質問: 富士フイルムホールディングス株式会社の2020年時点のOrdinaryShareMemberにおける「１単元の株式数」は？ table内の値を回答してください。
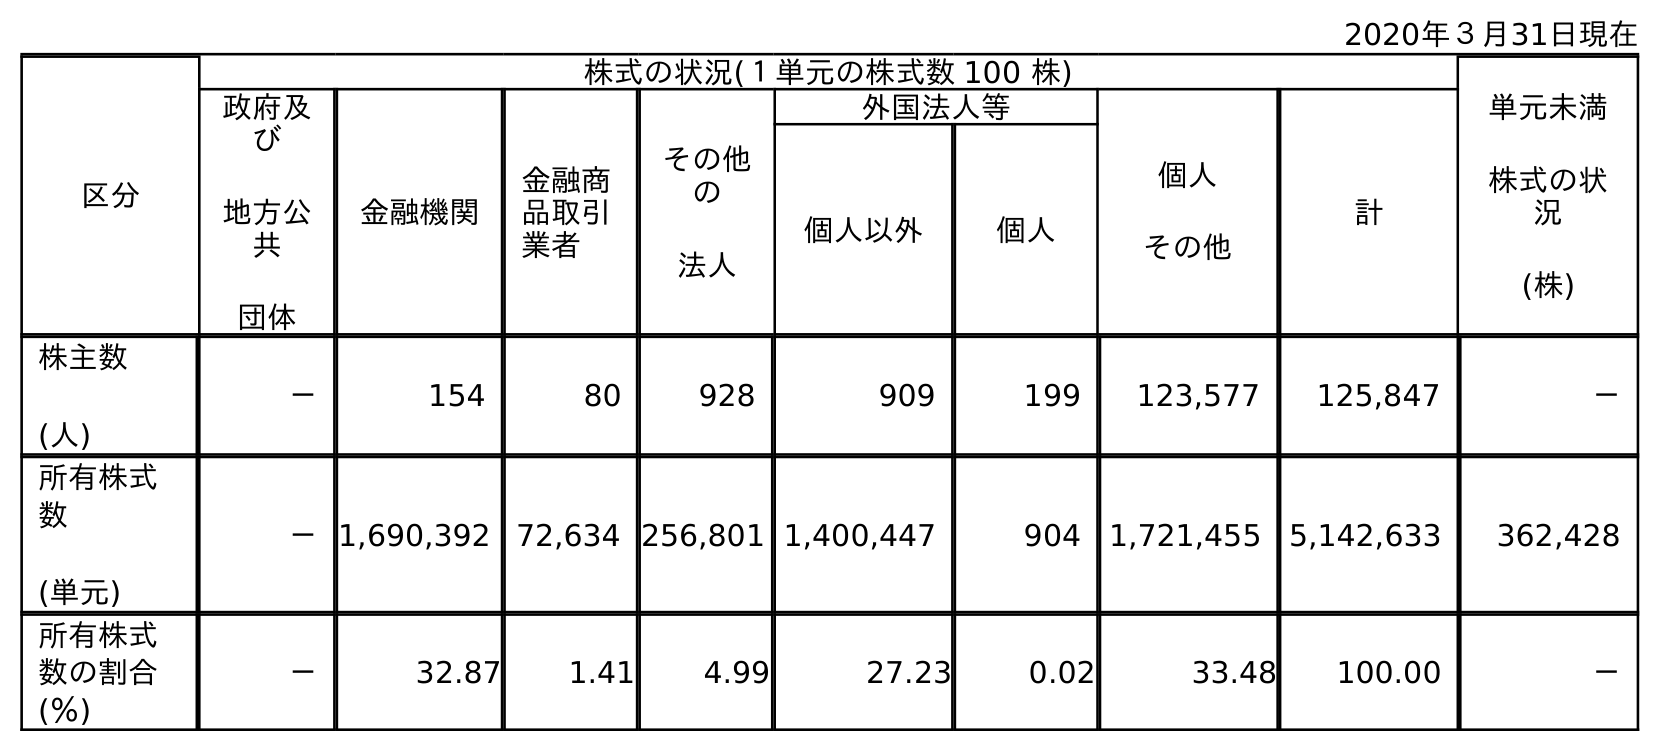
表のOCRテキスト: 2020年３月31日現在 区分 株式の状況(１単元の株式数 100 株) 単元未満 株式の状 況 (株) 政府及 び 地方公 共 団体 金融機関 金融商 品取引 業者 その他 の 法人 外国法人等 個人 その他 計 個人以外 個人 株主数 (人) － 154 80 928 909 199 123,577 125,847 － 所有株式 数 (単元) －1,690,392 72,634 256,801 1,400,447 904 1,721,455 5,142,633 362,428 所有株式 数の割合 (％) － 32.87 1.41 4.99 27.23 0.02 33.48 100.00 －
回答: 株式の状況(１単元の株式数100株)